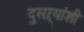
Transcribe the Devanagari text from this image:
दुसऱ्यांशी